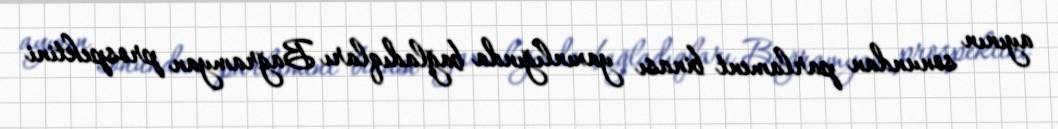
ayının sonundan parlament binası yaxınlığında bağladıqları Bağramyan prospektini